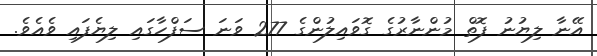
އޭނާ ލިޔުނު ފޮތް މުންނާރުގެ ގޮވައިލުންގެ 277 ވަނަ ސަފްހާގައި ލިޔެފައި ވެއެވެ.